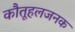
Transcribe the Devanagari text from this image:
कौतूहलजनक